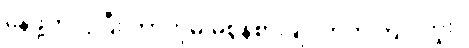
နေဖို့ကလွဲပြီး ဘာကိုမှ မစွန့်စားချင်တတ်ကြပါဘူး။